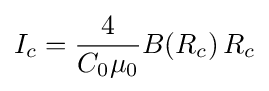
I_{c}={\frac {4}{C_{0}\mu _{0}}}B(R_{c})\,R_{c}